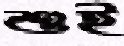
শুই